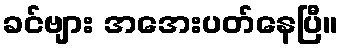
ခင်ဗျား အအေးပတ်နေပြီ။